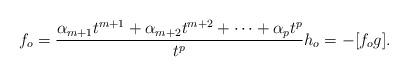
LaTeX: \begin{align*}f_o=\frac{\alpha_{m+1}t^{m+1}+\alpha_{m+2}t^{m+2}+\cdots+\alpha_pt^p }{t^p} h_o=-[f_og].\end{align*}